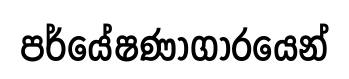
පර්යේෂණාගාරයෙන්